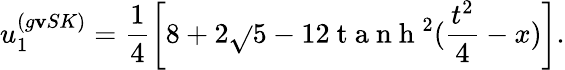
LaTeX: u_{1}^{(g\mathbf{v}SK)}=\frac{{1}}{{4}}\left[8+2\sqrt{}{{5}}-12\mathrm{{~t~a~n~h~}}^{2}(\frac{{t^{2}}}{{4}}-x)\right].